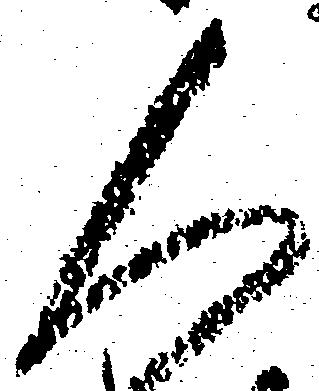
人